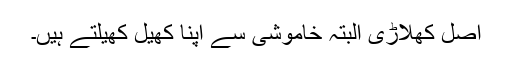
اصل کھلاڑی البتہ خاموشی سے اپنا کھیل کھیلتے ہیں۔